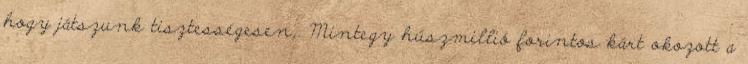
hogy játszunk tisztességesen,. Mintegy húszmillió forintos kárt okozott a